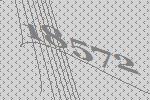
18572